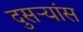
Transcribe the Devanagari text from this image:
दुसर्‍यांस